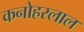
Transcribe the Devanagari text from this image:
कनोहरलाल